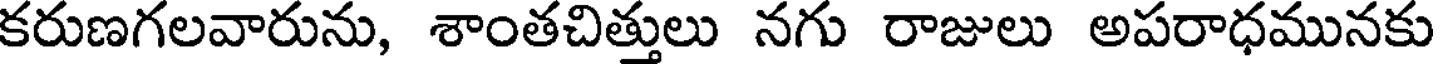
కరుణగలవారును, శాంతచిత్తులు నగు రాజులు అపరాధమునకు